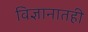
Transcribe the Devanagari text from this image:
विज्ञानातही